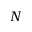
N